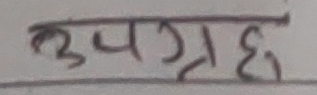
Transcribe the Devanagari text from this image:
कुपग्रह